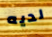
لديه